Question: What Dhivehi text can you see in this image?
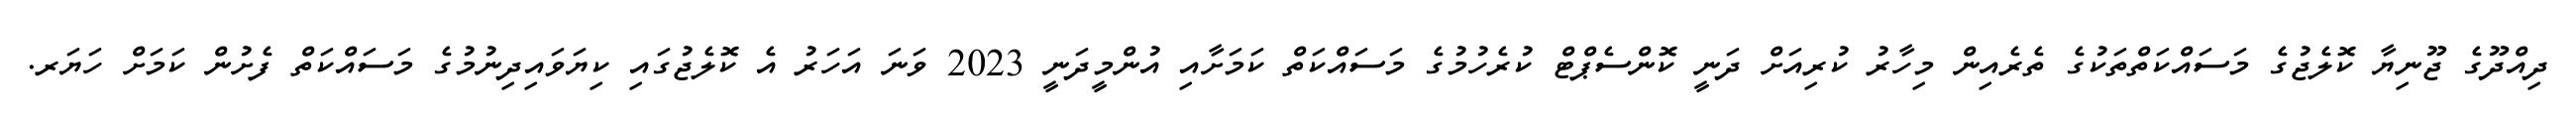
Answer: ދިއްދޫގެ ޖޫނިޔާ ކޮލެޖުގެ މަސައްކަތްތަކުގެ ތެރެއިން މިހާރު ކުރިއަށް ދަނީ ކޮންސެޕްޓް ކުރެހުމުގެ މަސައްކަތް ކަމަށާއި އުންމީދަނީ 2023 ވަނަ އަހަރު އެ ކޮލެޖުގައި ކިޔަވައިދިނުމުގެ މަސައްކަތް ފެށުން ކަމަށް ހަޔަރ.